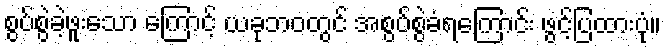
စွပ်စွဲခဲ့ဖူးသော ကြောင့် ယခုဘဝတွင် အစွပ်စွဲခံရကြောင်း ဖွင့်ပြထားပုံ။